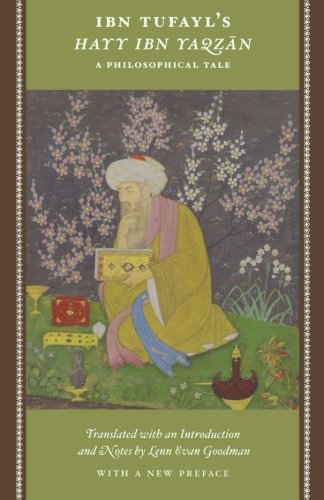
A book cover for Ibn Tufayl's Hayy Ibn Yaqzan: A Philosophical Tale; Ibn Tufayl; Politics & Social Sciences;